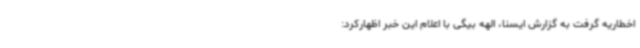
اخطاریه گرفت به گزارش ایسنا، الهه بیگی با اعلام این خبر اظهارکرد: